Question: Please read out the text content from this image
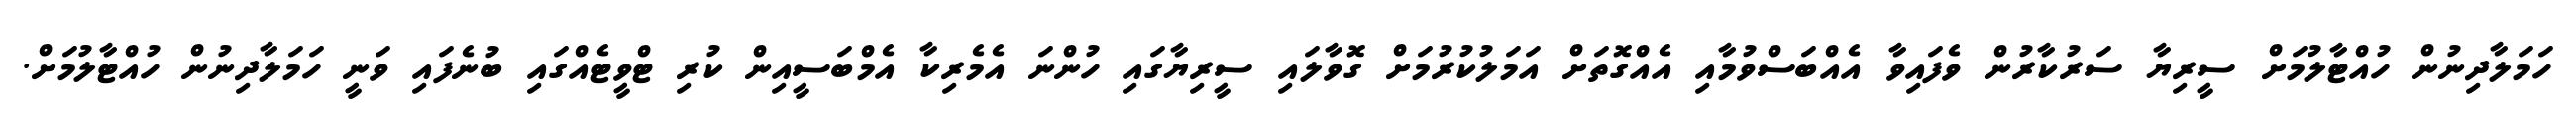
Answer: ހަމަލާދިނުން ހުއްޓާލުމަށް ސީރިޔާ ސަރުކާރުން ވެފައިވާ އެއްބަސްވުމާއި އެއްގޮތަށް އަމަލުކުރުމަށް ގޮވާލައި ސީރިޔާގައި ހުންނަ އެމެރިކާ އެމްބަސީއިން ކުރި ޓްވީޓެއްގައި ބުނެފައި ވަނީ ހަމަލާދިނުން ހުއްޓާލުމަށް.